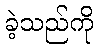
ခဲ့သည်ကို